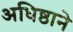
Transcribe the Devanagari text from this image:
अधिष्ठाने